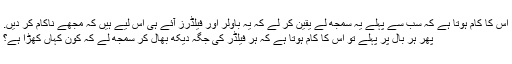
اس کا کام ہوتا ہے کہ سب سے پہلے یہ سمجھ لے یقین کر لے کہ یہ باولر اور فیلڈرز آئے ہی اس لیے ہیں کہ مجھے ناکام کر دیں.
پھر ہر بال پر پہلے تو اس کا کام ہوتا ہے کہ ہر فیلڈر کی جگہ دیکھ بھال کر سمجھ لے کہ کون کہاں کھڑا ہے؟